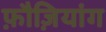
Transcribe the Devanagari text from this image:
फ़ौज़ियांग